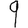
Digit: 9